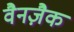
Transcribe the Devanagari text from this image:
वैनज़ैक